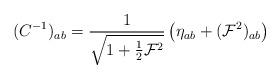
LaTeX: \begin{align*}(C^{-1})_{ab} = {1\over \sqrt{1+{1\over2}{\cal F}^2}} \left(\eta_{ab} + ({\cal F}^2)_{ab} \right) \end{align*}